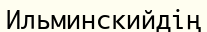
Ильминскийдің